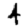
Digit: 4